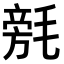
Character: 𣯟